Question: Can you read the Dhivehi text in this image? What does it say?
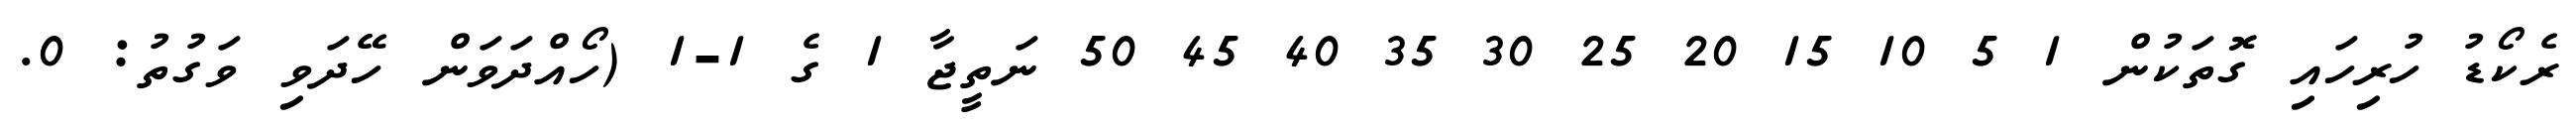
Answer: ރެކޯޑު ހުރިހައި ގޮތަކުން 1 5 10 15 20 25 30 35 40 45 50 ނަތީޖާ 1 ގެ 1-1 (ހޯއްދަވަން ހޭދަވި ވަގުތު: 0.